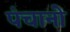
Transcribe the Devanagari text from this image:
पंचानो